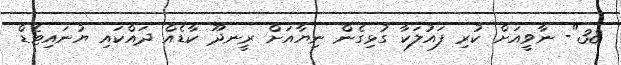
38"- ނާވީއަށް ކުރި ފައުލަކާ ގުޅިގެން ނިޔާއަށް ރީނދޫ ކާޑެއް ދައްކައި ޔުނައިޓެޑް